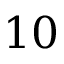
1 0